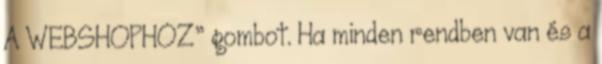
A WEBSHOPHOZ” gombot. Ha minden rendben van és a